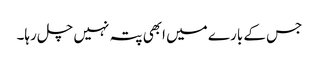
جس کے بارے میں ابھی پتہ نہیں چل رہا۔